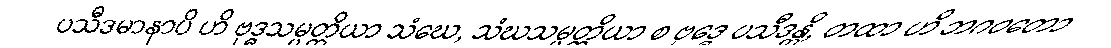
ပသီဒမာနာပိ ဟိ ဗုဒ္ဓသမ္ပတ္တိယာ သံဃေ, သံဃသမ္ပတ္တိယာ စ ဗုဒ္ဓေ ပသီဒန္တိ, တထာ ဟိ ဘဂဝတော